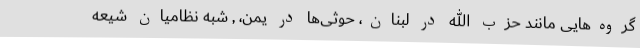
گروه‌هایی مانند حزب الله در لبنان، حوثی‌ها در یمن، , شبه نظامیان شیعه